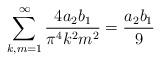
LaTeX: \begin{align*}\sum_{k,m=1}^{\infty} \frac {4a_2b_1}{\pi^4k^2m^2}=\frac {a_2b_1}{9}\end{align*}